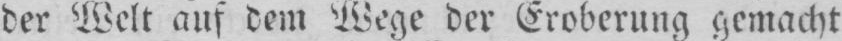
der Welt auf dem Wege der Eroberung gemacht